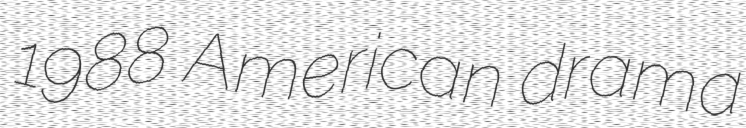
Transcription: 1988 American drama